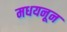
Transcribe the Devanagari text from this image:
मधयनून